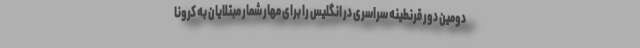
دومین دور قرنطینه سراسری در انگلیس را برای مهار شمار مبتلایان به کرونا